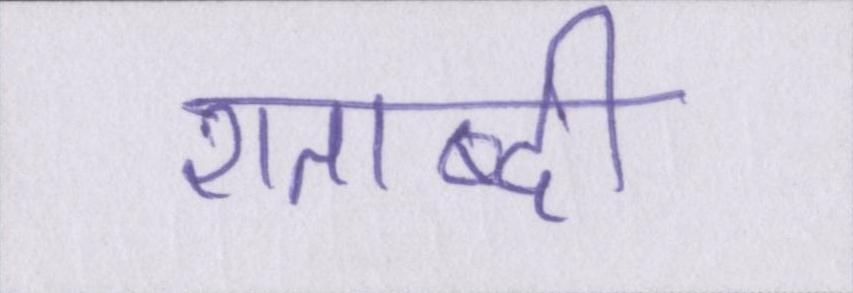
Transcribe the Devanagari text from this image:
शताब्दी